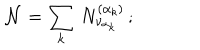
LaTeX: { \cal N } = \sum _ { k } \, N _ { \nu _ { \alpha _ { k } } } ^ { ( \alpha _ { k } ) } \, ;